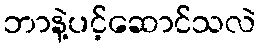
ဘာနဲ့ပင့်ဆောင်သလဲ